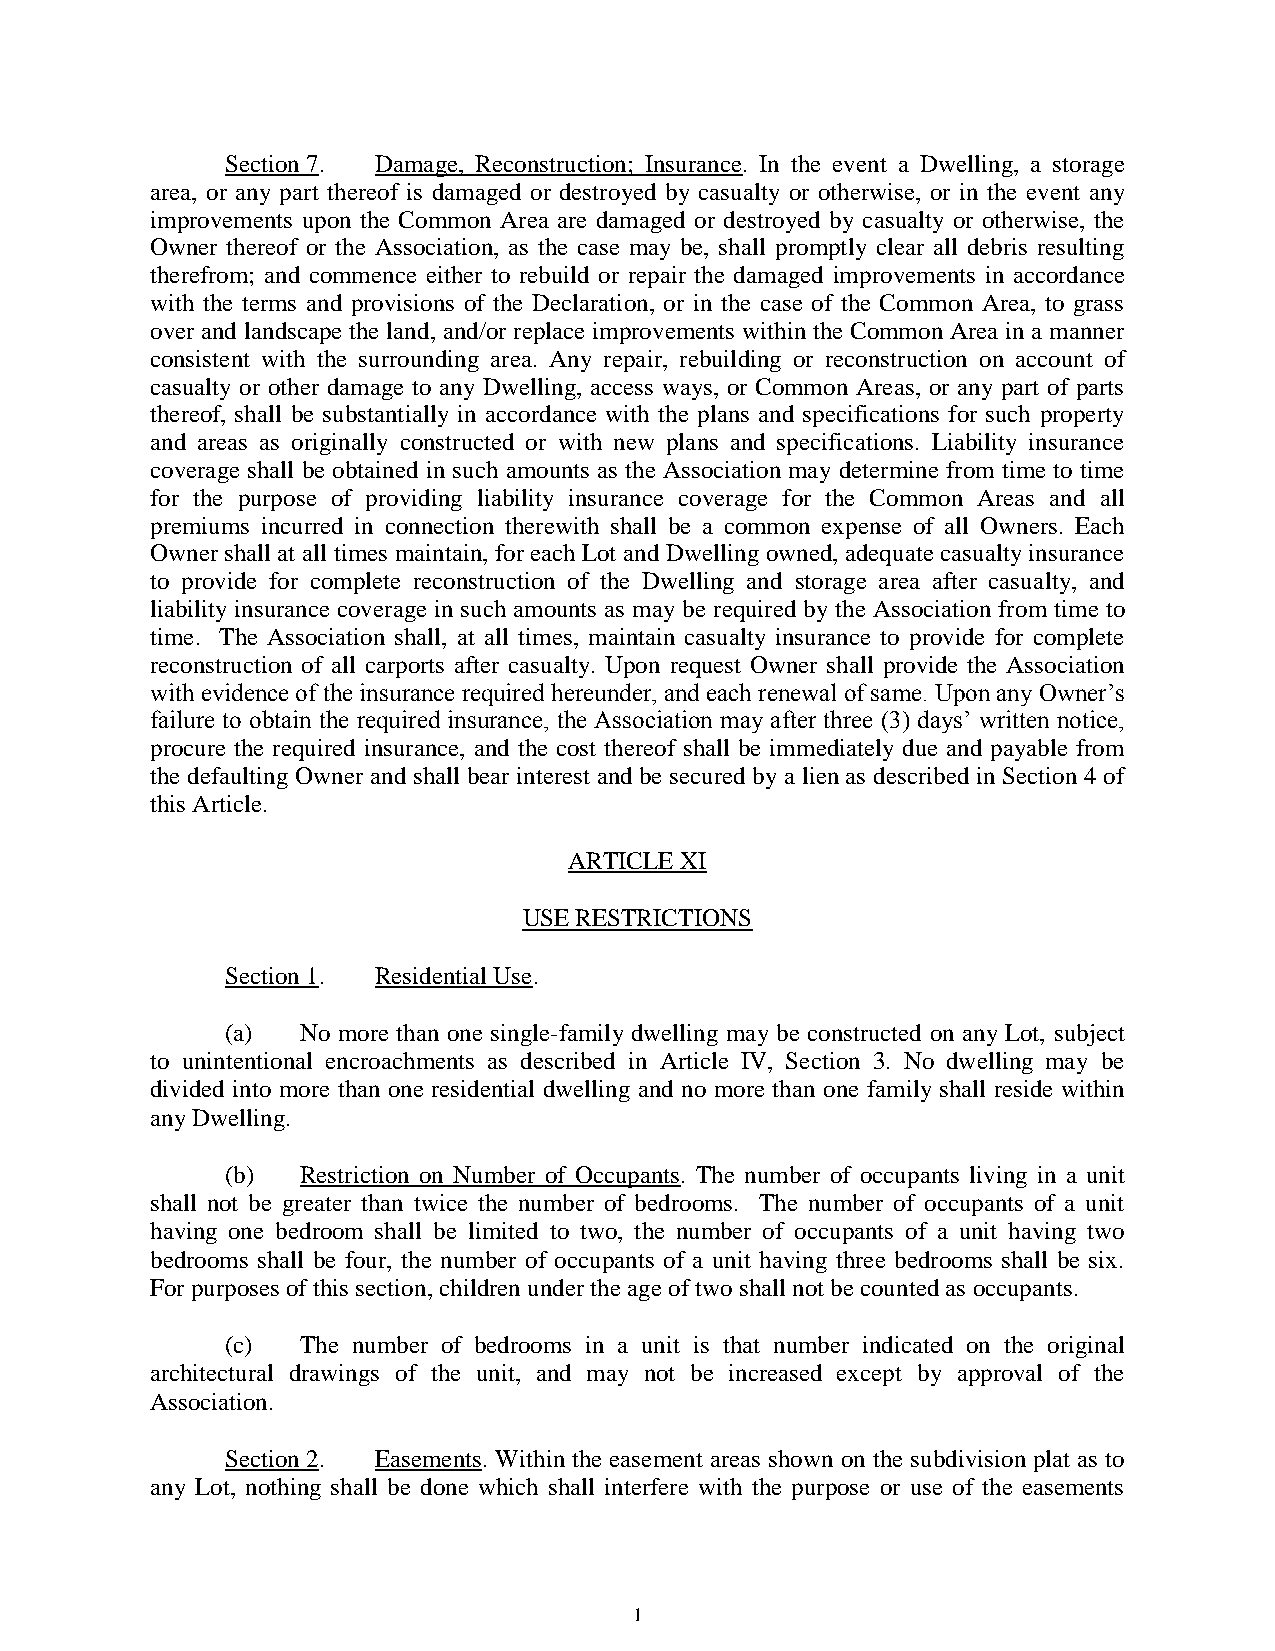
Section 7. Damage, Reconstruction; Insurance. In the event a Dwelling, a storage
 area, or any part thereof is damaged or destroyed by casualty or otherwise, or in the event any
 improvements upon the Common Area are damaged or destroyed by casualty or otherwise, the
 Owner thereof or the Association, as the case may be, shall promptly clear all debris resulting
 therefrom; and commence either to rebuild or repair the damaged improvements in accordance
 with the terms and provisions of the Declaration, or in the case of the Common Area, to grass
 over and landscape the land, and/or replace improvements within the Common Area in a manner
 consistent with the surrounding area. Any repair, rebuilding or reconstruction on account of
 casualty or other damage to any Dwelling, access ways, or Common Areas, or any part of parts
 thereof, shall be substantially in accordance with the plans and specifications for such property
 and areas as originally constructed or with new plans and specifications. Liability insurance
 coverage shall be obtained in such amounts as the Association may determine from time to time
 for the purpose of providing liability insurance coverage for the Common Areas and all
 premiums incurred in connection therewith shall be a common expense of all Owners. Each
 Owner shall at all times maintain, for each Lot and Dwelling owned, adequate casualty insurance
 to provide for complete reconstruction of the Dwelling and storage area after casualty, and
 liability insurance coverage in such amounts as may be required by the Association from time to
 time. The Association shall, at all times, maintain casualty insurance to provide for complete
 reconstruction of all carports after casualty. Upon request Owner shall provide the Association
 with evidence of the insurance required hereunder, and each renewal of same. Upon any Owner’s
 failure to obtain the required insurance, the Association may after three (3) days’ written notice,
 procure the required insurance, and the cost thereof shall be immediately due and payable from
 the defaulting Owner and shall bear interest and be secured by a lien as described in Section 4 of
 this Article.
 ARTICLE XI
 USE RESTRICTIONS
 Section 1. Residential Use.
 (a)  No more than one single-family dwelling may be constructed on any Lot, subject
 to unintentional encroachments as described in Article IV, Section 3. No dwelling may be
 divided into more than one residential dwelling and no more than one family shall reside within
 any Dwelling.
 (b)  Restriction on Number of Occupants. The number of occupants living in a unit
 shall not be greater than twice the number of bedrooms. The number of occupants of a unit
 having one bedroom shall be limited to two, the number of occupants of a unit having two
 bedrooms shall be four, the number of occupants of a unit having three bedrooms shall be six.
 For purposes of this section, children under the age of two shall not be counted as occupants.
 (c)  The number of bedrooms in a unit is that number indicated on the original
 architectural drawings of the unit, and may not be increased except by approval of the
 Association.
 Section 2. Easements. Within the easement areas shown on the subdivision plat as to
 any Lot, nothing shall be done which shall interfere with the purpose or use of the easements
 1